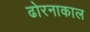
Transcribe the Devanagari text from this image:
ढोरनाकाल